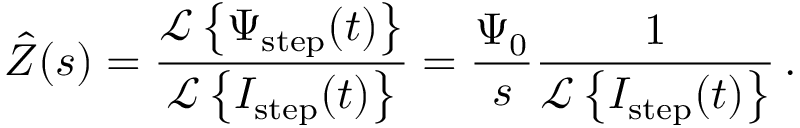
\hat { Z } ( s ) = \frac { \mathcal { L } \left\{ \Psi _ { \mathrm { s t e p } } ( t ) \right\} } { \mathcal { L } \left\{ I _ { \mathrm { s t e p } } ( t ) \right\} } = \frac { \Psi _ { 0 } } { s } \frac { 1 } { \mathcal { L } \left\{ I _ { \mathrm { s t e p } } ( t ) \right\} } \, .